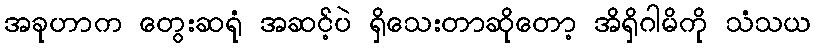
အခုဟာက တွေးဆရုံ အဆင့်ပဲ ရှိသေးတာဆိုတော့ အိရှိဂါမိကို သံသယ